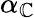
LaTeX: \alpha_{\mathbb{C}}